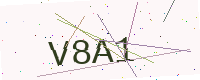
Text: V8A1